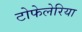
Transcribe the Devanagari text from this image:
टोफेलेरिया